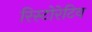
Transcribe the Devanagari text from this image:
रिस्टोरेटिव